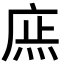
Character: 𢉍